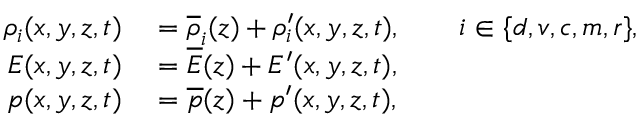
\begin{array} { r l } { \rho _ { i } ( x , y , z , t ) } & { { } = \overline { { \rho } } _ { i } ( z ) + \rho _ { i } ^ { \prime } ( x , y , z , t ) , \qquad i \in \{ d , v , c , m , r \} , } \\ { E ( x , y , z , t ) } & { { } = \overline { { E } } ( z ) + { E } ^ { \prime } ( x , y , z , t ) , } \\ { p ( x , y , z , t ) } & { { } = \overline { { p } } ( z ) + p ^ { \prime } ( x , y , z , t ) , } \end{array}